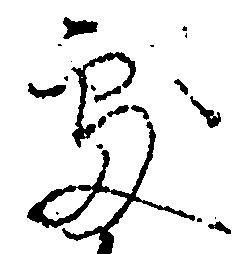
処